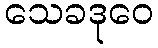
သေခဒုဝေ